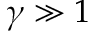
\gamma \gg 1